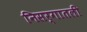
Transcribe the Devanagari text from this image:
निसर्गातली